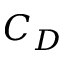
C _ { D }